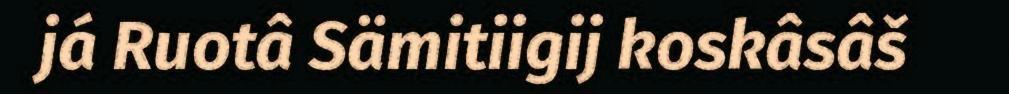
já Ruotâ Sämitiigij koskâsâš